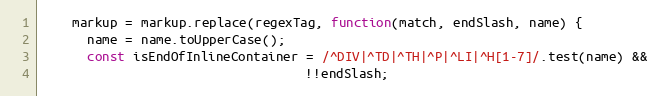
Language: JavaScript
    markup = markup.replace(regexTag, function(match, endSlash, name) {
      name = name.toUpperCase();
      const isEndOfInlineContainer = /^DIV|^TD|^TH|^P|^LI|^H[1-7]/.test(name) &&
                                   !!endSlash;